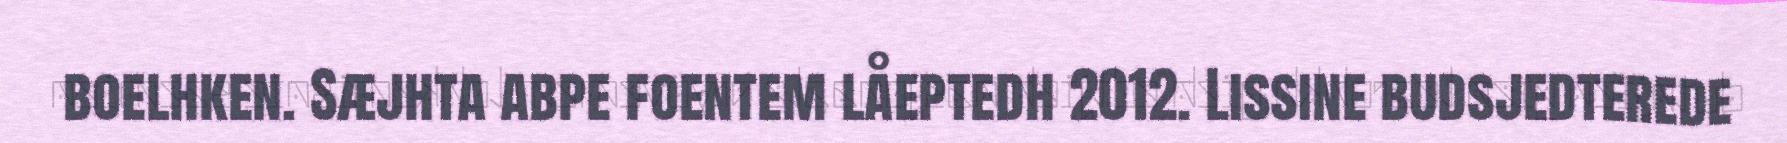
boelhken. Sæjhta abpe foentem låeptedh 2012. Lissine budsjedterede